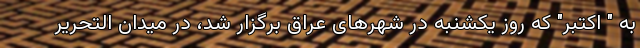
به " اکتبر" که روز یکشنبه در شهرهای عراق برگزار شد، در میدان التحریر